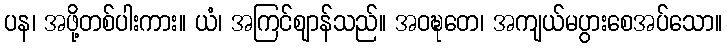
ပန၊ အဖို့တစ်ပါးကား။ ယံ၊ အကြင်ဈာန်သည်။ အဝဍ္ဎတေ၊ အကျယ်မပွားစေအပ်သော။